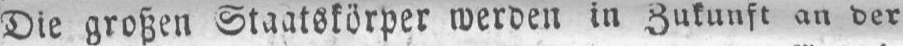
Die großen Staatskörper werden in Zukunft an der